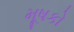
મૂષકો